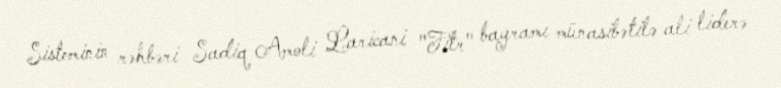
Sisteminin rəhbəri Sadiq Amoli Laricani "Fitr" bayramı münasibətilə ali liderə